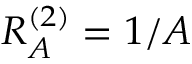
R _ { A } ^ { ( 2 ) } = 1 / A